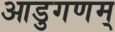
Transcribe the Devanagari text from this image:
आडुगणम्